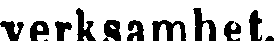
verksamhet.